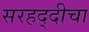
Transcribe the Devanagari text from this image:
सरहद्दीचा